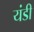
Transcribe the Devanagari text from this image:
यंडी